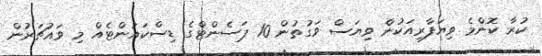
ކުރާ ކޮންމެ ވިޔަފާރިއަކުން ވިޔަސް ވަގުތުން 10 ޕަސެންޓްގެ ޑިސްކައުންޓެއް މި ވައުޗަރުން